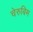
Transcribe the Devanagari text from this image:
चेरुबिम